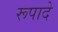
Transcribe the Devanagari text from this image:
रूपादे